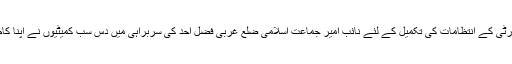
گرینڈ افطار پارٹی کے انتظامات کی تکمیل کے لئے نائب امیر جماعت اسلامی ضلع غربی فضل احد کی سربراہی میں دس سب کمیٹیوں نے اپنا کام شروع کردیا۔